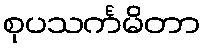
စုပသင်္ကမိတာ